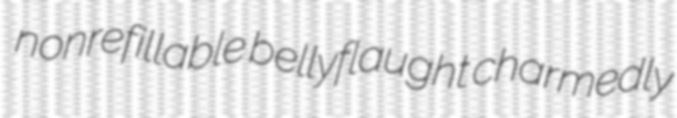
nonrefillable bellyflaught charmedly